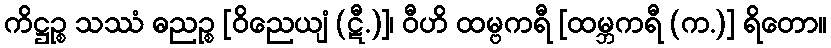
ကိဋ္ဌဉ္စ သဿံ ဓညဉ္စ [ဝိညေယျံ (ဋီ.)]၊ ဝီဟိ ထမ္ဗကရီ [ထမ္ဘကရီ (က.)] ရိတော။